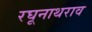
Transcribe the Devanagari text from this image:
रघूनाथराव